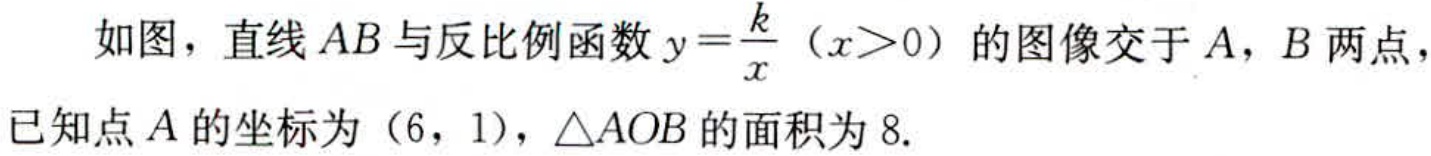
如图，直线\(AB\)与反比例函数\(y = \frac{k}{x}(x>0)\)的图像交于\(A\)，\(B\)两点，已知点\(A\)的坐标为\((6,1)\)，\(\triangle AOB\)的面积为\(8\).